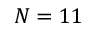
N = 1 1